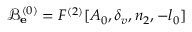
\mathcal { B } _ { \bf e } ^ { ( 0 ) } = F ^ { ( 2 ) } [ A _ { 0 } , \delta _ { v } , n _ { 2 } , - l _ { 0 } ]